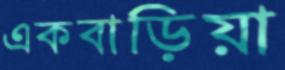
একবাড়িয়া